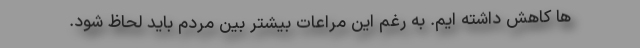
ها کاهش داشته ایم. به رغم این مراعات بیشتر بین مردم باید لحاظ شود.